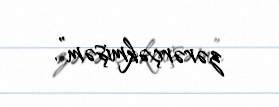
zərərçəkmişəm”.